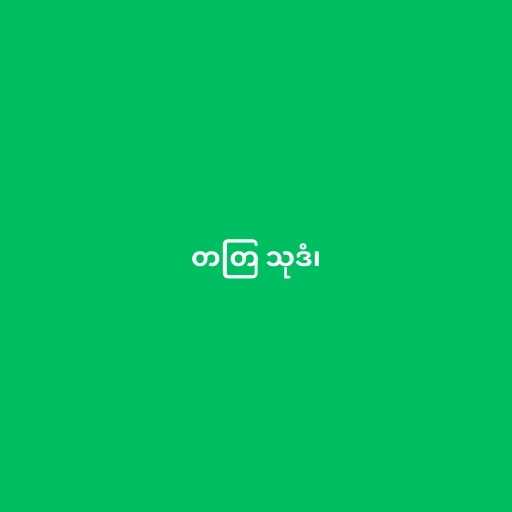
တတြ သုဒံ၊